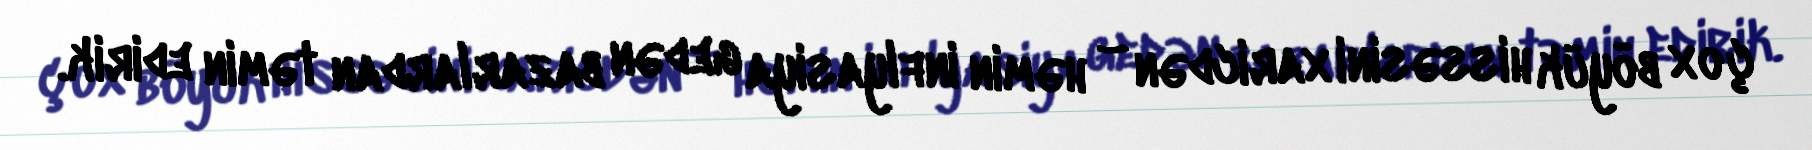
çox böyük hissəsini xaricdən – həmin inflyasiya gedən bazarlardan təmin edirik.